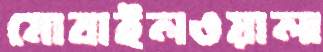
মোবাইলওয়ালা